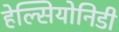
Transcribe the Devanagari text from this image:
हेल्सियोनिडी